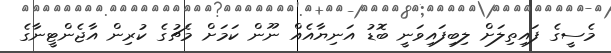
މެސީގެ ފައިތިލަށް ލިބިފައިވަނީ ބޮޑު އަނިޔާއެއް ނޫން ކަމަށް މެޗުގެ ކުރިން އާޖެންޓީނާގެ